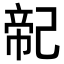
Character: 𢁆